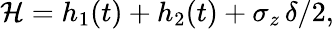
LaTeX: \mathcal{H}=h_{1}(t)+h_{2}(t)+\sigma_{z}\, \delta/2,